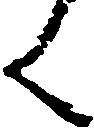
く